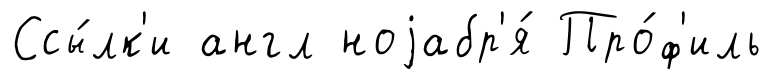
Ссы́лк'и англ ноjабр'я́ Про́ф'иль